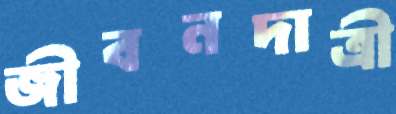
জীবনদাত্রী